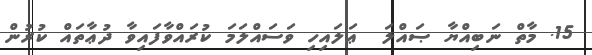
15. މާތް ނަބިއްޔާ ޞައްލަ  ޢަލައިހި ވަސައްލަމަ ކުރައްވާފައިވާ ދުޢާތައް ކުރުން